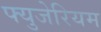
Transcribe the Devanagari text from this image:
फ्युजेरियम